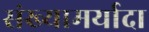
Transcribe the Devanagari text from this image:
संख्यामर्यादा